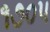
૧૭૦૫